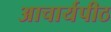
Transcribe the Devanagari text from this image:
अाचार्यपीठ